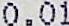
0.01